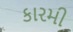
કારમી